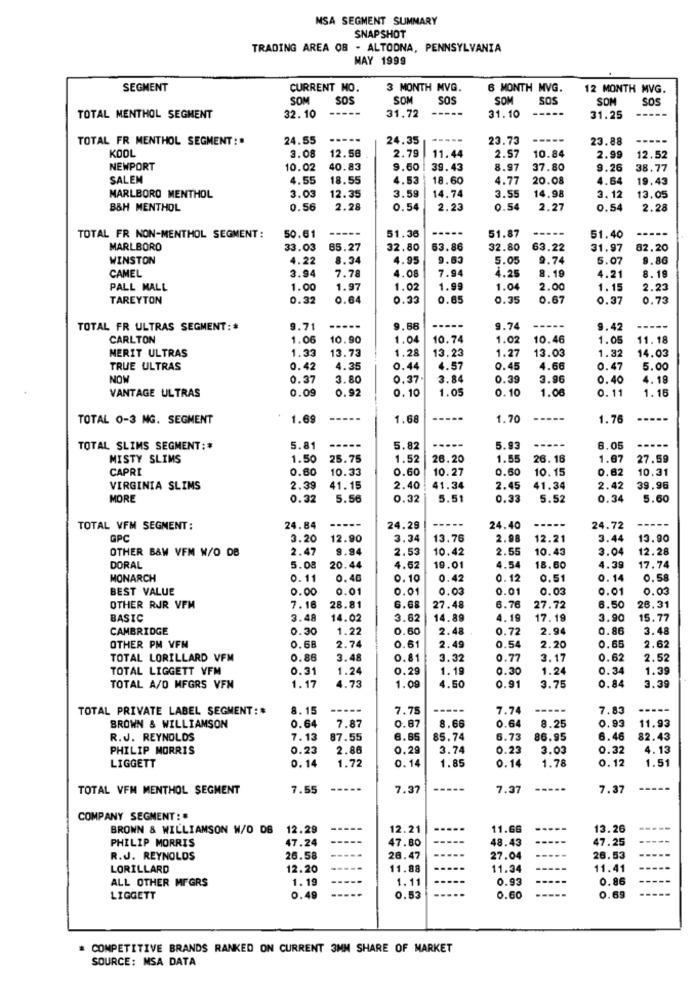
MSA SEGMENT SUMMARY
SNAPSHOT
TRADING AREA 08 - ALTOONA, PENNSYLVANIA
MAY 1999
SEGMENT
CURRENT MO.
3 MONTH MVG.
6 MONTH MVG.
12 MONTH MVG.
SOM
SOS
SOM
SOS
SOM
SOS
SOM
SOS
31.72
TOTAL MENTHOL SEGMENT
32. 10
31.10
31.25
TOTAL FR MENTHOL SEGMENT :#
24.55
24.35
23.73
23.88
----
KOOL
3.08
2.79
2.57
12.58
11.44
10.84
2.99
12.52
NEWPORT
10.02
40.83
9.60
39.43
8.97
37.80
9.26
38.77
SALEM
4.55
18.55
4.53
18.60
4.77
20.08
4.64
19.43
3.03
3.55
MARLBORO MENTHOL
12.35
3.59
14.74
14.98
3.12
13.05
B&H MENTHOL
0.56
2.28
0.54
2.23
0.54
2.27
0.54
2.28
50.61
-----
51.87
-----
-----
TOTAL FR NON-MENTHOL SEGMENT:
51.36
51.40
MARLBORO
33.03
65.27
32.80
63.86
32.80
63.22
31.97
82.20
WINSTON
4.22
8.34
4.95
9.63
5.05
9.74
5.07
9.86
CAMEL
3.94
4.08
7.94
4.25
8.19
7.78
4.21
8.19
PALL MALL
1.00
1.97
1.02
1.99
1.04
2.00
1.15
2.23
TAREYTON
0.32
0.64
0.33
0.65
0.35
0.67
0.37
0.73
TOTAL FR ULTRAS SEGMENT :*
9.71
9.88
-----
9.74
----
9.42
-----
CARLTON
1.06
10.90
1.04
10.74
1.02
10.46
1.05
11.18
MERIT ULTRAS
1.33
1.28
13.03
1.32
13.73
13.23
1.27
14.03
TRUE ULTRAS
0.42
4.35
0.44
4.57
0.45
4.66
0.47
5.00
NOW
0.37
3.80
0.37
3.84
0.39
3.96
0.40
4.19
VANTAGE ULTRAS
0.09
0.92
0.10
1.05
0.10
1.06
0.11
1.15
TOTAL 0-3 NG. SEGMENT
1.69
1.68
-----
1.70
-----
1.76
-----
TOTAL SLIMS SEGMENT:#
5.81
5.82
5.93
----
6.05
-----
MISTY SLIMS
1.50
25.75
1.52
26.20
1.55
26.16
1.67
27.59
CAPRI
0.60
10.33
0.60
10.27
0.60
10.15
0,62
10.31
VIRGINIA SLIMS
2.39
41.15
2.40
41.34
2.45
41.34
2.42
39.96
MORE
0.32
5.56
0.32
5.51
0.33
5.52
0.34
5.60
TOTAL VFM SEGMENT:
24.84
----
24.29
-----
24.40
-----
24.72
GPC
3.20
12.90
3.34
13.76
2.98
12.21
3.44
13.90
OTHER B&W VFM W/O DB
2.47
9.94
2.53
10.42
2.55
10.43
3.04
12.28
DORAL
5.08
20.44
4.62
19.01
4.54
18.60
4.39
17.74
MONARCH
0.11
0.40
0. 10
0.42
0.12
0.51
0.14
0.58
BEST VALUE
0.00
0.01
0.01
0.03
0.01
0.03
0.01
0.03
OTHER RJR VFM
7.16
28.81
6.68
27.48
6.76
27.72
6.50
26.31
BASIC
3.48
14.02
3.62
14.89
4.19
17.19
3.90
15.77
CAMBRIDGE
0.30
1.22
0.60
2.48
0.72
2.94
0.86
3.48
0.68
0.65
OTHER PM VFN
2.74
0.61
2.49
0.54
2.20
2.62
TOTAL LORILLARD VFM
0.86
3.48
0.81
3.32
0.77
3.17
0.62
2.52
TOTAL LIGGETT VFM
0.31
1.24
0.29
1. 19
0.30
1.24
0.34
1.39
1. 17
4.73
0.84
TOTAL A/O MFGRS VFN
1.09
4.50
0.91
3.75
3.39
TOTAL PRIVATE LABEL SEGMENT: #
8.15
----
7.75
-----
7.74
-----
7.83
0.64
0.64
0.93
11.93
BROWN & WILLIAMSON
7.87
0.87
8.66
8.25
R.J. REYNOLDS
7.13
87.55
8.65
85.74
6.73
86.95
6.46
82.43
PHILIP MORRIS
0.23
2.86
0.2
3.74
0.23
3.03
0.32
4. 13
0.14
1.72
0.14
1.78
0.12
1.51
LIGGETT
1.85
0.14
TOTAL VFM MENTHOL SEGMENT
7.55
7.37
7.37
-----
7.37
COMPANY SEGMENT:
BROWN & WILLIAMSON W/O DB 12.29
12.21
11.66
13.26
PHILIP MORRIS
47.24
47.80
48.43
47.25
R.J. REYNOLDS
26.58
26.47
27.04
26.53
LORILLARD
12.20
11.88
11.34
11.41
ALL OTHER MFGRS
1.19
1.11
0.93
0.86
LIGGETT
0.49
0.53
0.60
0.69
# COMPETITIVE BRANDS RANKED ON CURRENT 3MM SHARE OF MARKET
SOURCE: MSA DATA